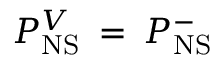
{ \cal P } _ { \mathrm { N S } } ^ { V } \: = \: { \cal P } _ { \mathrm { N S } } ^ { - }